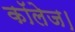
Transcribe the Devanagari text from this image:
कॉलेज।